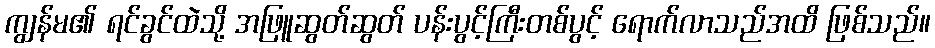
ကျွန်မ၏ ရင်ခွင်ထဲသို့ အဖြူဆွတ်ဆွတ် ပန်းပွင့်ကြီးတစ်ပွင့် ရောက်လာသည်အထိ ဖြစ်သည်။